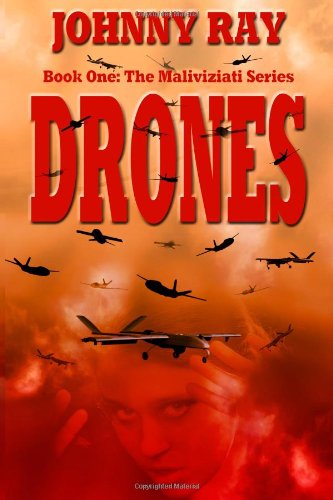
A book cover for Drones (The Maliviziati Series.) (Volume 1); Johnny Ray; Literature & Fiction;